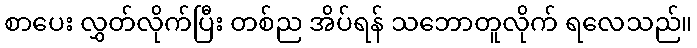
စာပေး လွှတ်လိုက်ပြီး တစ်ည အိပ်ရန် သဘောတူလိုက် ရလေသည်။